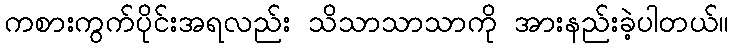
ကစားကွက်ပိုင်းအရလည်း သိသာသာသာကို အားနည်းခဲ့ပါတယ်။